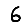
Digit: 6